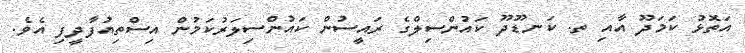
އަތޮޅު ކަމަދޫ އާއި ތ. ކަނޑޫދޫ ކައުންސިލްގެ ރައީސުން ކައުންސިލަރުކަމުން އިސްތިއުފާދީފި އެވެ.